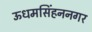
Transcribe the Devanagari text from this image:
ऊधमसिंहननगर